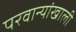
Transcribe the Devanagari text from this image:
परवान्यांखाली